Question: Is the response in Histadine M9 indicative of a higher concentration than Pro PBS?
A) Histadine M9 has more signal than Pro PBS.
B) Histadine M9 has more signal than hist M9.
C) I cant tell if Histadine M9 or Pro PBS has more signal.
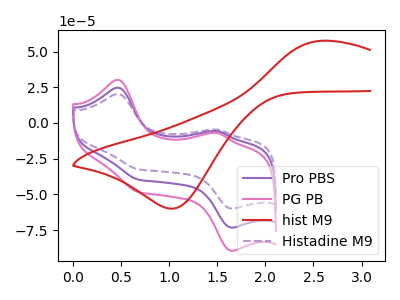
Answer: <think>The purple curve "Pro PBS" has anodic peaks at (0.45V, 24.70uA) (1.50V, -5.75uA) and cathodic peaks at (0.70V, -39.70uA) (1.65V, -73.25uA). The pink curve "PG PB" has anodic peaks at (0.45V, 49.45uA) (1.50V, -11.45uA) and cathodic peaks at (0.70V, -79.45uA) (1.65V, -146.50uA). The red curve "hist M9" has an anodic peak at (2.60V, 57.50uA) and a cathodic peak at (1.05V, -59.95uA). The purple dashed curve "Histadine M9" has anodic peaks at (0.45V, 20.25uA) (1.50V, -4.70uA) and cathodic peaks at (0.70V, -32.50uA) (1.65V, -59.95uA).
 All the peaks in "Histadine M9" have a peak in "Pro PBS" at the same potential.</think>
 <answer>C) I cant tell if "Histadine M9" or "Pro PBS" has more signal.</answer>
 <eval>C</eval>